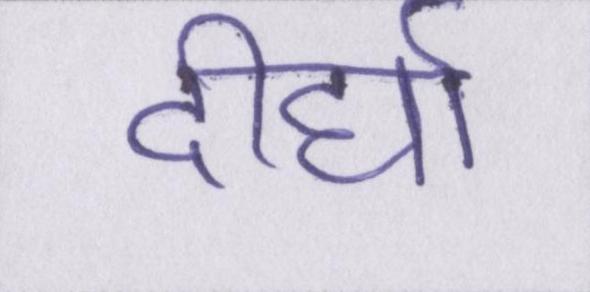
दीर्घा